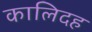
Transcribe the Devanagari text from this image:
कालिदह